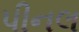
પીનલ